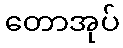
တောအုပ်